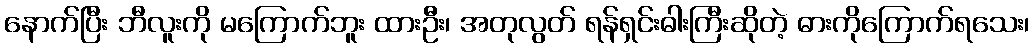
နောက်ပြီး ဘီလူးကို မကြောက်ဘူး ထားဦး၊ အတုလွတ် ရန်ရှင်းဓါးကြီးဆိုတဲ့ ဓားကိုကြောက်ရသေး၊